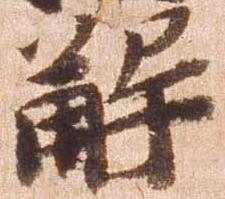
解